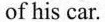
of his car.